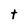
Character: t